Report on lock hospitals in British Burma
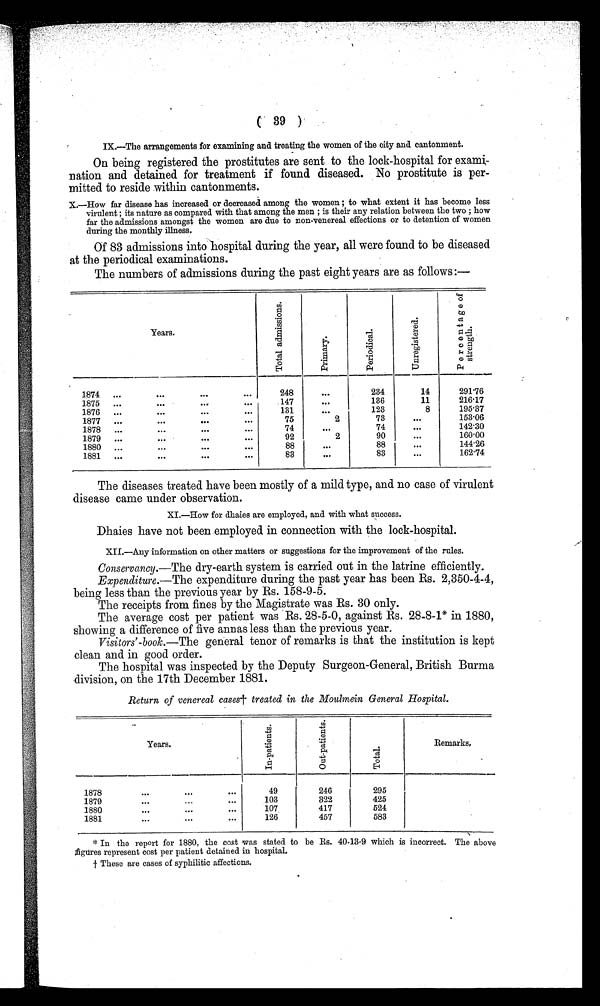
( 39 )
IX.—The arrangements for examining and treating the women of the city and cantonment.
On being registered the prostitutes are sent to the lock-hospital for exami-
nation and detained for treatment if found diseased. No prostitute is per-
mitted to reside within cantonments.
X.—How far disease has increased or decreased among the women ; to what extent it has become less
virulent ; its nature as compared with that among the men ; is their any relation between the two ; how
far the admissions amongst the women are due to non-venereal effections or to detention of women
during the monthly illness.
Of 83 admissions into hospital during the year, all were found to be diseased
at the periodical examinations.
The numbers of admissions during the past eight years are as follows:—
Years.
T o t a l a d m i s s i o n s .
P r i m a r y .
P e r i o d i c a l .
U n r e g i s t e r e d
.
P e r c e n t a g e o f
s t r e n g t h .
1874
...
...
. . .
. . .
248
. . .
234
14
291.76
1875
...
...
. . .
...
147
. . .
136
11
216.17
1876
...
...
. . .
.
131
123
8
195.37
1877
...
...
. . .
...
75
2
73
. . .
153.06
1878
...
...
. . .
...
74
. . .
74
. . .
142.30
1879
...
...
. . .
...
92
2
90
. . .
160.00
1880
...
...
88
. . .
88
144.26
1881
...
...
. . .
...
83
. . .
83
. . .
162.74
The diseases treated have been mostly of a mild type, and no case of virulent
disease came under observation.
XI.—How for dhaies are employed, and with what success.
Dhaies have not been employed in connection with the lock-hospital.
XII.—Any information on other matters or suggestions for the improvement of the rules.
Conservancy.—The dry-earth system is carried out in the latrine efficiently.
Expenditure.— The expenditure during the past year has been Rs. 2,350-4-4,
being less than the previous year by Rs. 158-9-5.
The receipts from fines by the Magistrate was Rs. 30 only.
The average cost per patient was Rs. 28-5-0, against Rs. 28.8-1* in 1880,
showing a difference of five annas less than the previous year.
Visitors'-book.—The general tenor of remarks is that the institution is kept
clean and in good order.
The hospital was inspected by the Deputy Surgeon-General, British Burma
division, on the 17th December 1881.
Return of venereal cases † treated in the Moulmein General Hospital.
Years
I n - p a t i e n t s .
O u t - p a t i e n t s .
T o t a l .
Remarks.
1878
•••
...
•••
49
246
295
1879
...
. . .
103
322
425
1880
. . .
...
. . .
107
417
524
1881
. . .
...
. . .
126
457
583
* In the report for 1880, the cost was stated to be Rs. 40-13-9 which is incorrect. The above
figures represent cost per patient detained in hospital.
† These are cases of syphilitic affections.